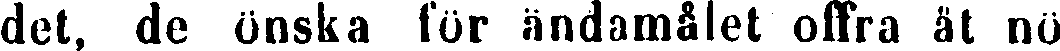
det, de önska för ändamålet offra ät nö